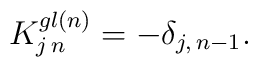
K^{gl(n)}_{j\, n}=-\delta_{j,\,n-1}.